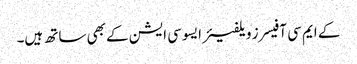
کے ایم سی آفیسرز ویلفیئر ایسوسی ایشن کے بھی ساتھ ہیں۔